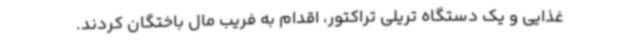
غذایی و یک دستگاه تریلی تراکتور، اقدام به فریب مال باختگان کردند.